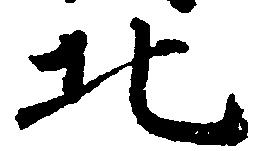
北